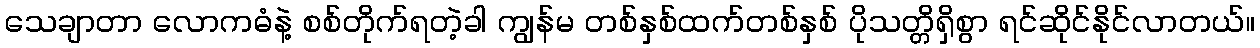
သေချာတာ လောကဓံနဲ့ စစ်တိုက်ရတဲ့ခါ ကျွန်မ တစ်နှစ်ထက်တစ်နှစ် ပိုသတ္တိရှိစွာ ရင်ဆိုင်နိုင်လာတယ်။